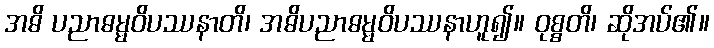
အဓိ ပညာဓမ္မဝိပဿနာတိ၊ အဓိပညာဓမ္မဝိပဿနာဟူ၍။ ဝုစ္စတိ၊ ဆိုအပ်၏။